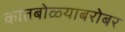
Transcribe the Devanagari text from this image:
कातबोळ्याबरोबर